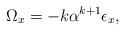
LaTeX: \begin{align*}\Omega_x=-k\alpha^{k+1}\epsilon_x,\end{align*}